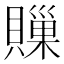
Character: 𧷣